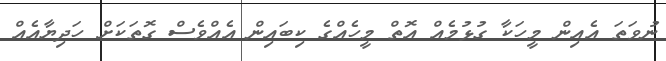
ނުވަތަ އެއިން މީހަކާ ގުޅުމެއް އޮތް މީހެއްގެ ކިބައިން އެއްވެސް ގޮތަކަށް ހަދިޔާއެއް